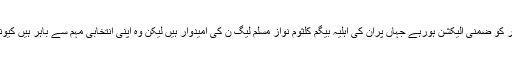
ان حالات میں میاں نوازشریف کی نااہلی سے خالی ہونے والی نشست پر سترہ ستمبر کو ضمنی الیکشن ہورہے جہاں پران کی اہلیہ بیگم کلثوم نواز مسلم لیگ ن کی اُمیدوار ہیں لیکن وہ اپنی انتخابی مہم سے باہر ہیں کیونکہ وہ گلے کے کینسر کے علاج کے لیے لندن کے ایک ہسپتال میں داخل میں ہیں۔